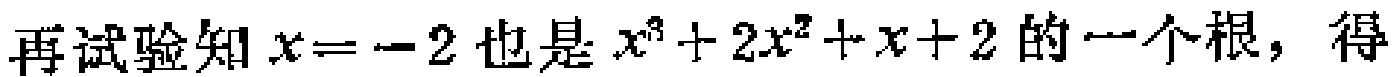
再试验知 \(x = - 2\) 也是 \(x^{3}+2x^{2}+x + 2\) 的一个根，得